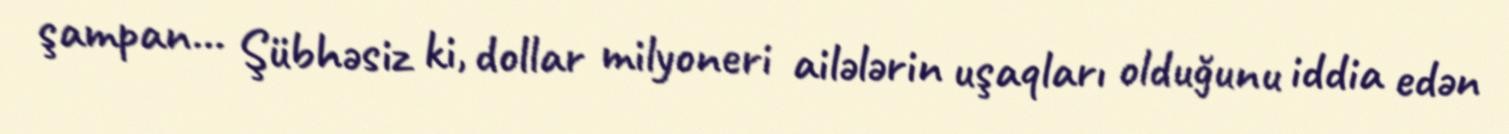
şampan... Şübhəsiz ki, dollar milyoneri ailələrin uşaqları olduğunu iddia edən